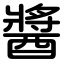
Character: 醬